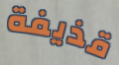
قذيفة